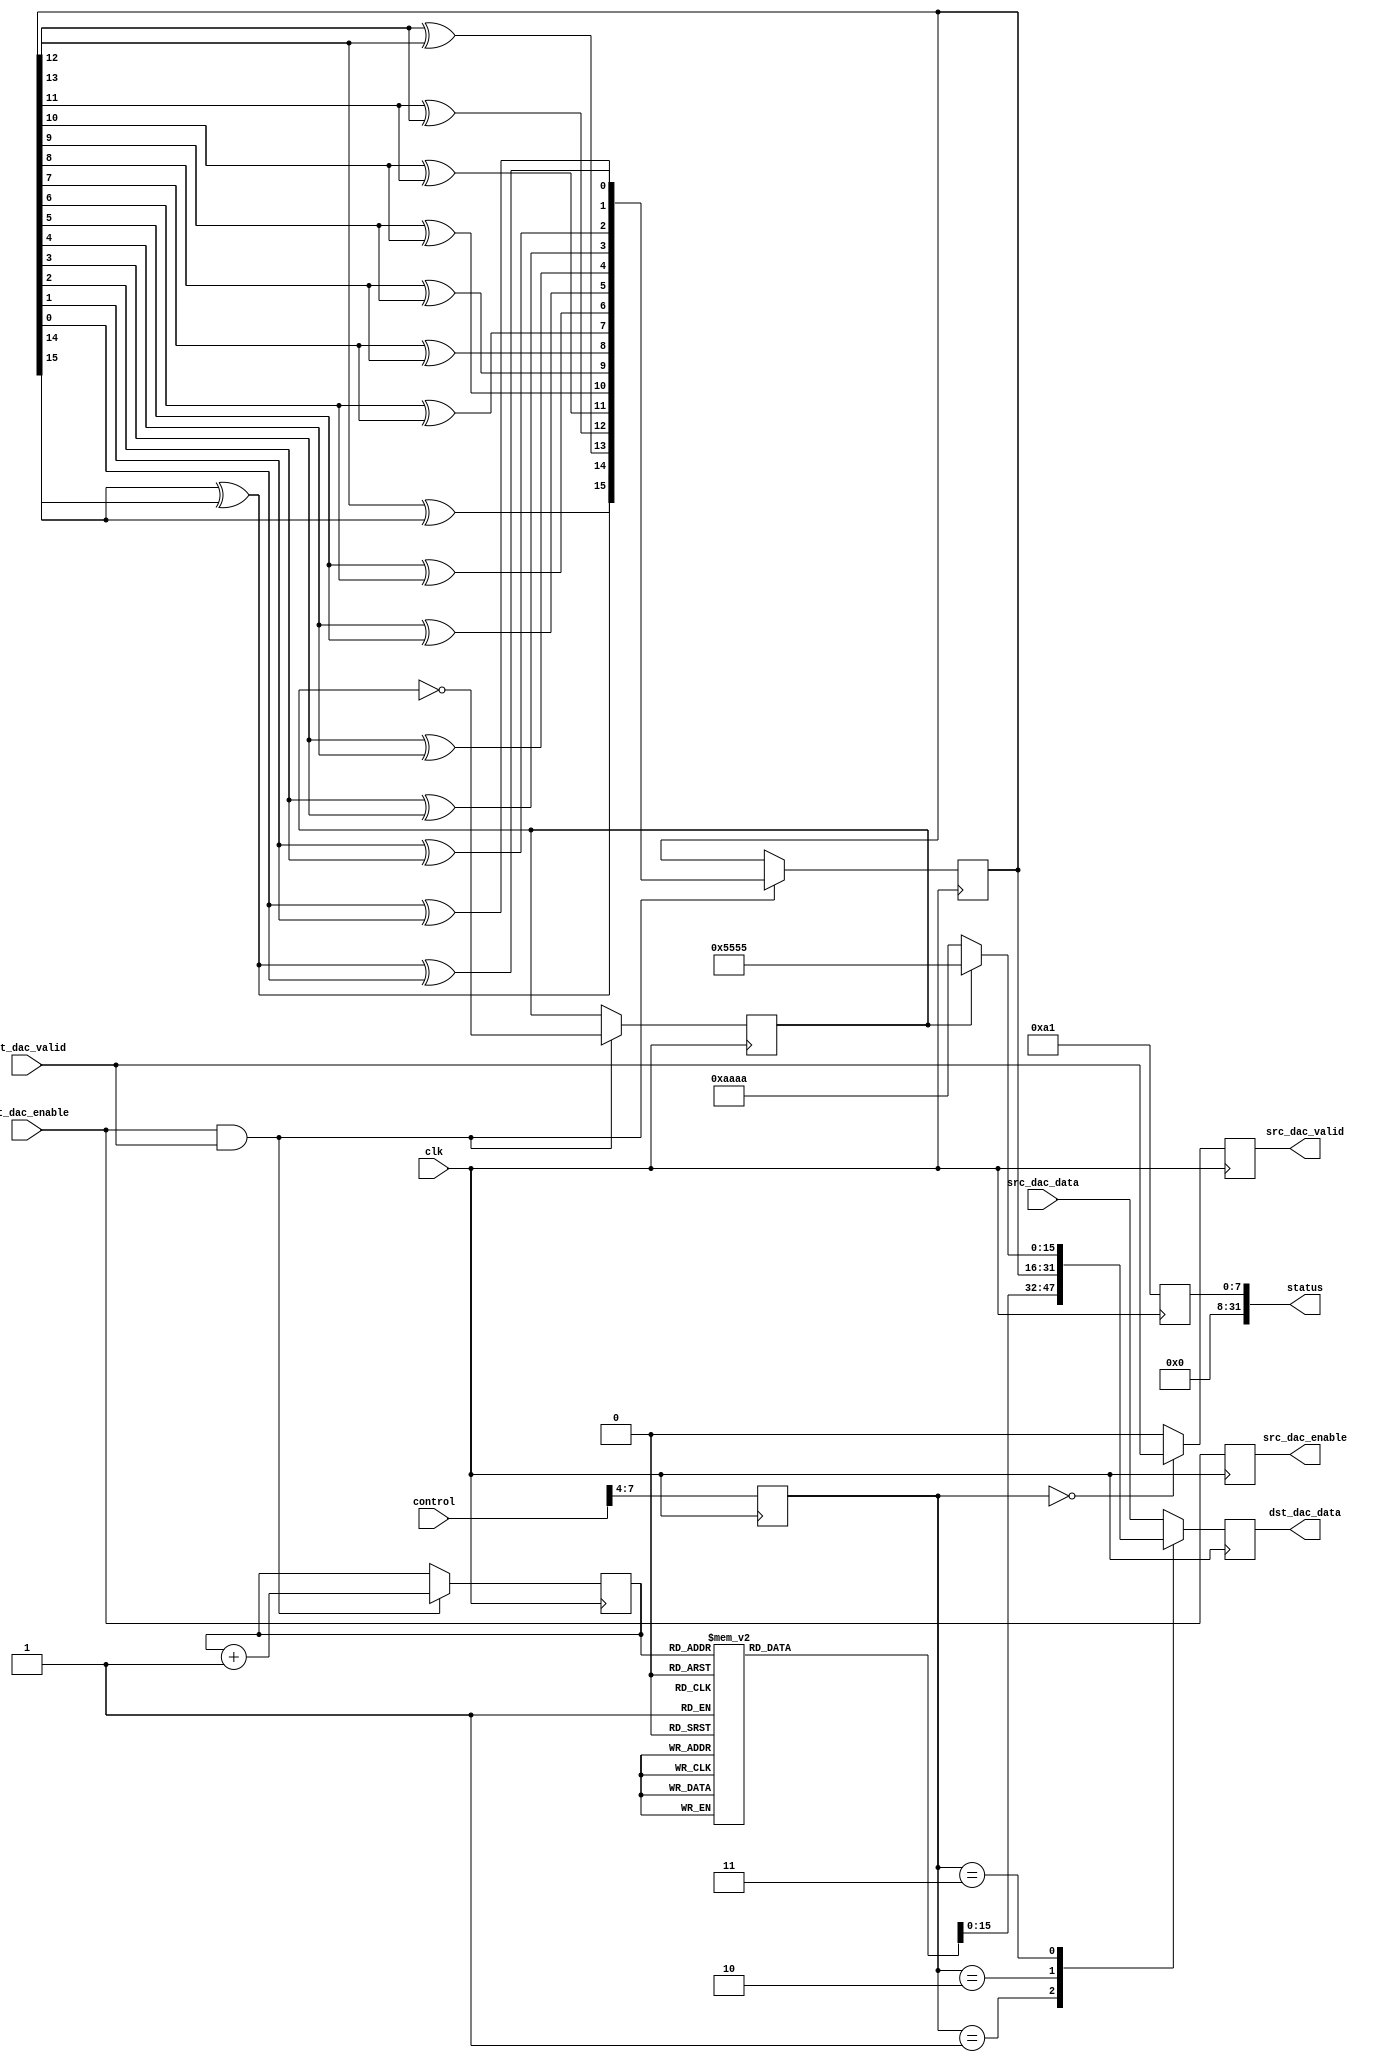

// ***************************************************************************
// ***************************************************************************
// Copyright 2013(c) Analog Devices, Inc.
//
// All rights reserved.
//
// Redistribution and use in source and binary forms, with or without modification,
// are permitted provided that the following conditions are met:
//     - Redistributions of source code must retain the above copyright
//       notice, this list of conditions and the following disclaimer.
//     - Redistributions in binary form must reproduce the above copyright
//       notice, this list of conditions and the following disclaimer in
//       the documentation and/or other materials provided with the
//       distribution.
//     - Neither the name of Analog Devices, Inc. nor the names of its
//       contributors may be used to endorse or promote products derived
//       from this software without specific prior written permission.
//     - The use of this software may or may not infringe the patent rights
//       of one or more patent holders.  This license does not release you
//       from the requirement that you obtain separate licenses from these
//       patent holders to use this software.
//     - Use of the software either in source or binary form, must be run
//       on or directly connected to an Analog Devices Inc. component.
//
// THIS SOFTWARE IS PROVIDED BY ANALOG DEVICES "AS IS" AND ANY EXPRESS OR IMPLIED WARRANTIES,
// INCLUDING, BUT NOT LIMITED TO, NON-INFRINGEMENT, MERCHANTABILITY AND FITNESS FOR A
// PARTICULAR PURPOSE ARE DISCLAIMED.
//
// IN NO EVENT SHALL ANALOG DEVICES BE LIABLE FOR ANY DIRECT, INDIRECT, INCIDENTAL, SPECIAL,
// EXEMPLARY, OR CONSEQUENTIAL DAMAGES (INCLUDING, BUT NOT LIMITED TO, INTELLECTUAL PROPERTY
// RIGHTS, PROCUREMENT OF SUBSTITUTE GOODS OR SERVICES; LOSS OF USE, DATA, OR PROFITS; OR
// BUSINESS INTERRUPTION) HOWEVER CAUSED AND ON ANY THEORY OF LIABILITY, WHETHER IN CONTRACT,
// STRICT LIABILITY, OR TORT (INCLUDING NEGLIGENCE OR OTHERWISE) ARISING IN ANY WAY OUT OF
// THE USE OF THIS SOFTWARE, EVEN IF ADVISED OF THE POSSIBILITY OF SUCH DAMAGE.
// ***************************************************************************
// ***************************************************************************
// ***************************************************************************
// ***************************************************************************

`timescale 1ns/1ns

module prcfg_dac(

  clk,

  // control ports
  control,
  status,

  // FIFO interface
  src_dac_enable,
  src_dac_data,
  src_dac_valid,

  dst_dac_enable,
  dst_dac_data,
  dst_dac_valid
);

  localparam  RP_ID      = 8'hA1;
  parameter   CHANNEL_ID = 0;

  input             clk;

  input   [31:0]    control;
  output  [31:0]    status;

  output            src_dac_enable;
  input   [15:0]    src_dac_data;
  output            src_dac_valid;

  input             dst_dac_enable;
  output  [15:0]    dst_dac_data;
  input             dst_dac_valid;

  reg     [15:0]    dst_dac_data   = 0;
  reg               src_dac_valid  = 0;
  reg               src_dac_enable = 0;

  reg     [15:0]    dac_prbs       = 32'hA2F19C;
  reg     [31:0]    status         = 0;

  reg     [ 2:0]    counter        = 0;
  reg               pattern        = 0;
  reg     [15:0]    sin_tone       = 0;
  reg     [15:0]    cos_tone       = 0;

  reg     [ 3:0]    mode;

  wire    [15:0]    dac_pattern_s;

  // prbs function
  function [15:0] pn;
    input [15:0] din;
    reg   [15:0] dout;
    begin
      dout[15] = din[14] ^ din[15];
      dout[14] = din[13] ^ din[14];
      dout[13] = din[12] ^ din[13];
      dout[12] = din[11] ^ din[12];
      dout[11] = din[10] ^ din[11];
      dout[10] = din[ 9] ^ din[10];
      dout[ 9] = din[ 8] ^ din[ 9];
      dout[ 8] = din[ 7] ^ din[ 8];
      dout[ 7] = din[ 6] ^ din[ 7];
      dout[ 6] = din[ 5] ^ din[ 6];
      dout[ 5] = din[ 4] ^ din[ 5];
      dout[ 4] = din[ 3] ^ din[ 4];
      dout[ 3] = din[ 2] ^ din[ 3];
      dout[ 2] = din[ 1] ^ din[ 2];
      dout[ 1] = din[ 0] ^ din[ 1];
      dout[ 0] = din[14] ^ din[15] ^ din[ 0];
      pn = dout;
    end
  endfunction

  always @(posedge clk) begin
    status <= {24'h0, RP_ID};
    mode   <= control[7:4];
  end

  // sine tone generation
  always @(posedge clk) begin
    if ((dst_dac_enable == 1'h1) && (dst_dac_valid == 1'h1)) begin
      counter <= counter + 1;
    end
  end

  always @(counter) begin
    case(counter)
      3'd0  : begin
                sin_tone <= 16'h0000;
                cos_tone <= 16'h7FFF;
              end
      3'd1  : begin
                sin_tone <= 16'h5A82;
                cos_tone <= 16'h5A82;
              end
      3'd2  : begin
                sin_tone <= 16'h7FFF;
                cos_tone <= 16'h0000;
              end
      3'd3  : begin
                sin_tone <= 16'h5A82;
                cos_tone <= 16'hA57E;
              end
      3'd4  : begin
                sin_tone <= 16'h0000;
                cos_tone <= 16'h8001;
              end
      3'd5  : begin
                sin_tone <= 16'hA57E;
                cos_tone <= 16'hA57E;
              end
      3'd6  : begin
                sin_tone <= 16'h8001;
                cos_tone <= 16'h0000;
              end
      3'd7  : begin
                sin_tone <= 16'hA57E;
                cos_tone <= 16'h5A82;
              end
    endcase
  end

  // prbs generation
  always @(posedge clk) begin
    if((dst_dac_enable == 1'h1) && (dst_dac_valid == 1'h1)) begin
      dac_prbs <= pn(dac_prbs);
    end
  end

  // constant pattern generator
  always @(posedge clk) begin
    if((dst_dac_enable == 1'h1) && (dst_dac_valid == 1'h1)) begin
      pattern <= ~pattern;
    end
  end

  assign dac_pattern_s = (pattern == 1'h1) ? 16'h5555 : 16'hAAAA;

  // output mux for tx side
  always @(posedge clk) begin
    src_dac_enable <= dst_dac_enable;
    src_dac_valid  <= (mode == 0) ? dst_dac_valid  : 1'b0;
  end

  always @(posedge clk) begin
    case(mode)
      4'h0    : begin
                  dst_dac_data <= src_dac_data;
                end
      4'h1    : begin
                  dst_dac_data <= {cos_tone, sin_tone};
                end
      4'h2    : begin
                  dst_dac_data <= dac_prbs;
                end
      4'h3    : begin
                  dst_dac_data <= dac_pattern_s;
                end
      default : begin
                  dst_dac_data <= src_dac_data;
                end
    endcase
  end
endmodule